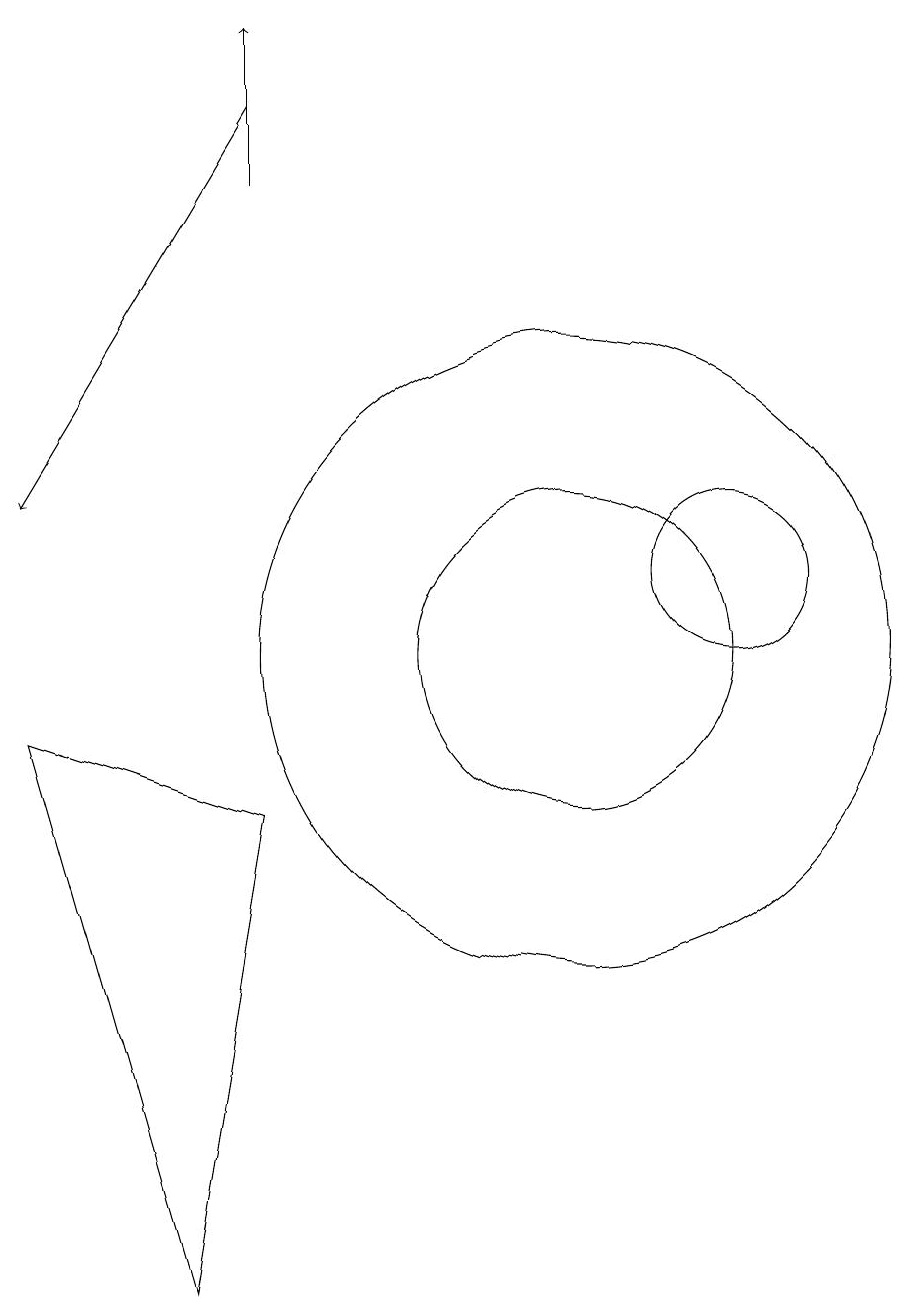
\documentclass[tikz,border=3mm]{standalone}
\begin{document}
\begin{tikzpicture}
\draw[->] (6,17) -- (3,12);
\draw (10,10) circle (4);
\draw (3,9) -- (6,8) -- (5,2) -- cycle;
\draw[->] (6,16) -- (6,18);
\draw (12,11) circle (1);
\draw (10,10) circle (2);
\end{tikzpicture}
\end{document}